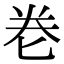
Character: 𭅑